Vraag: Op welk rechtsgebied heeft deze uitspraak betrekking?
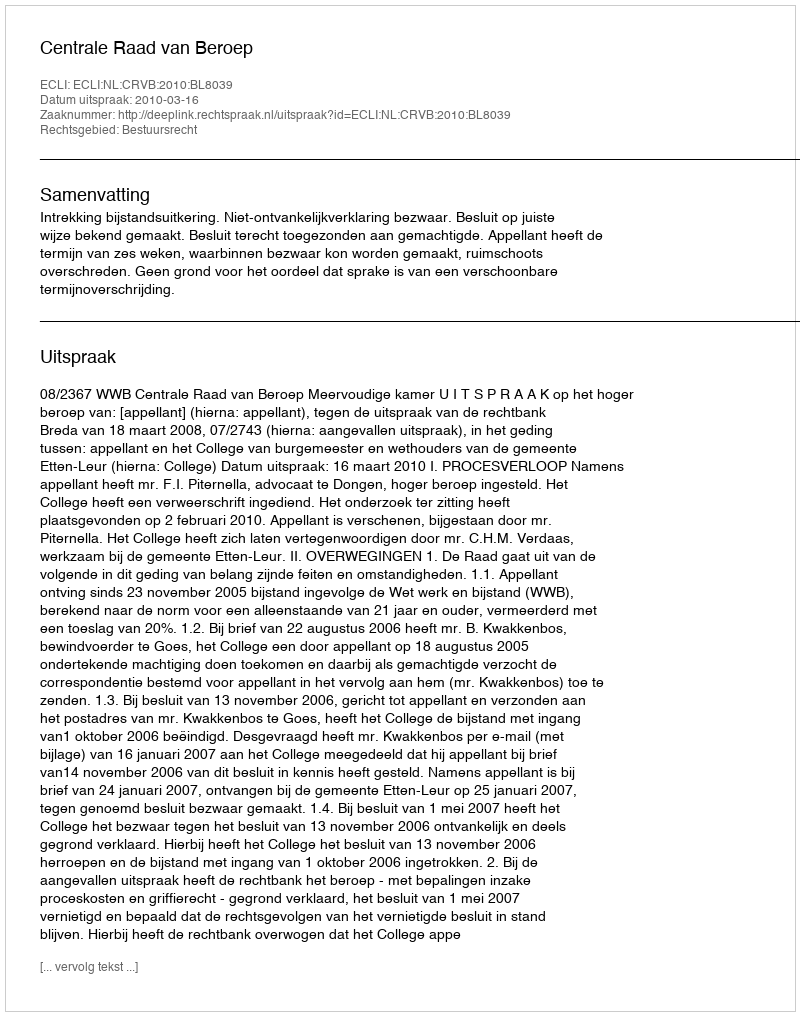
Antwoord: Bestuursrecht